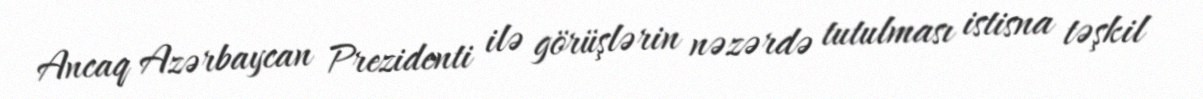
Ancaq Azərbaycan Prezidenti ilə görüşlərin nəzərdə tutulması istisna təşkil